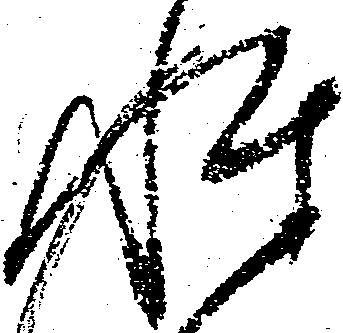
性